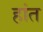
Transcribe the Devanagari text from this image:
हांत